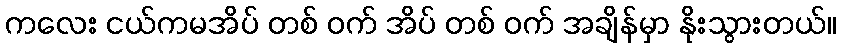
ကလေး ငယ်ကမအိပ် တစ် ဝက် အိပ် တစ် ဝက် အချိန်မှာ နိုးသွားတယ်။